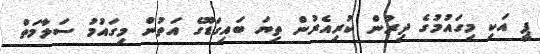
ޕީ އަކި މިގައުމުގެ ދިރުން ކުރިއެރުން ތިޔަ ބައިގަޑޫގެ އަތުން މިގައުމު ސަލާމަތް